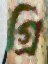
গ্রি